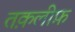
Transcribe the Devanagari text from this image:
तक़लीफ़